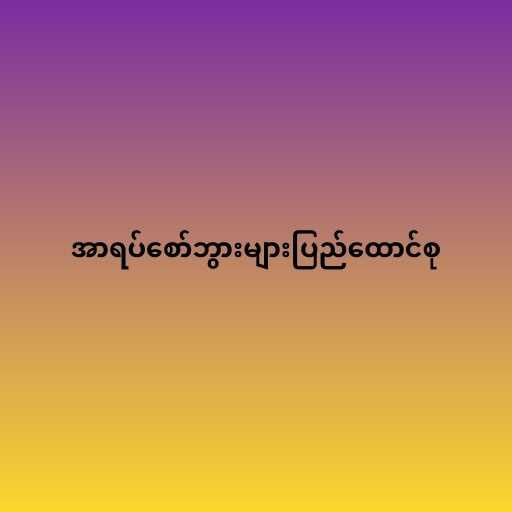
အာရပ်စော်ဘွားများပြည်ထောင်စု